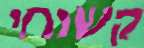
קשוחי